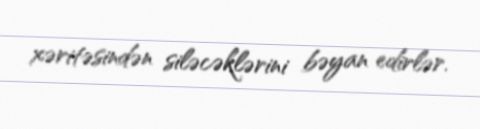
xəritəsindən siləcəklərini bəyan edirlər.